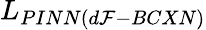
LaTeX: L_{PINN(d\mathcal{F}-BCXN)}